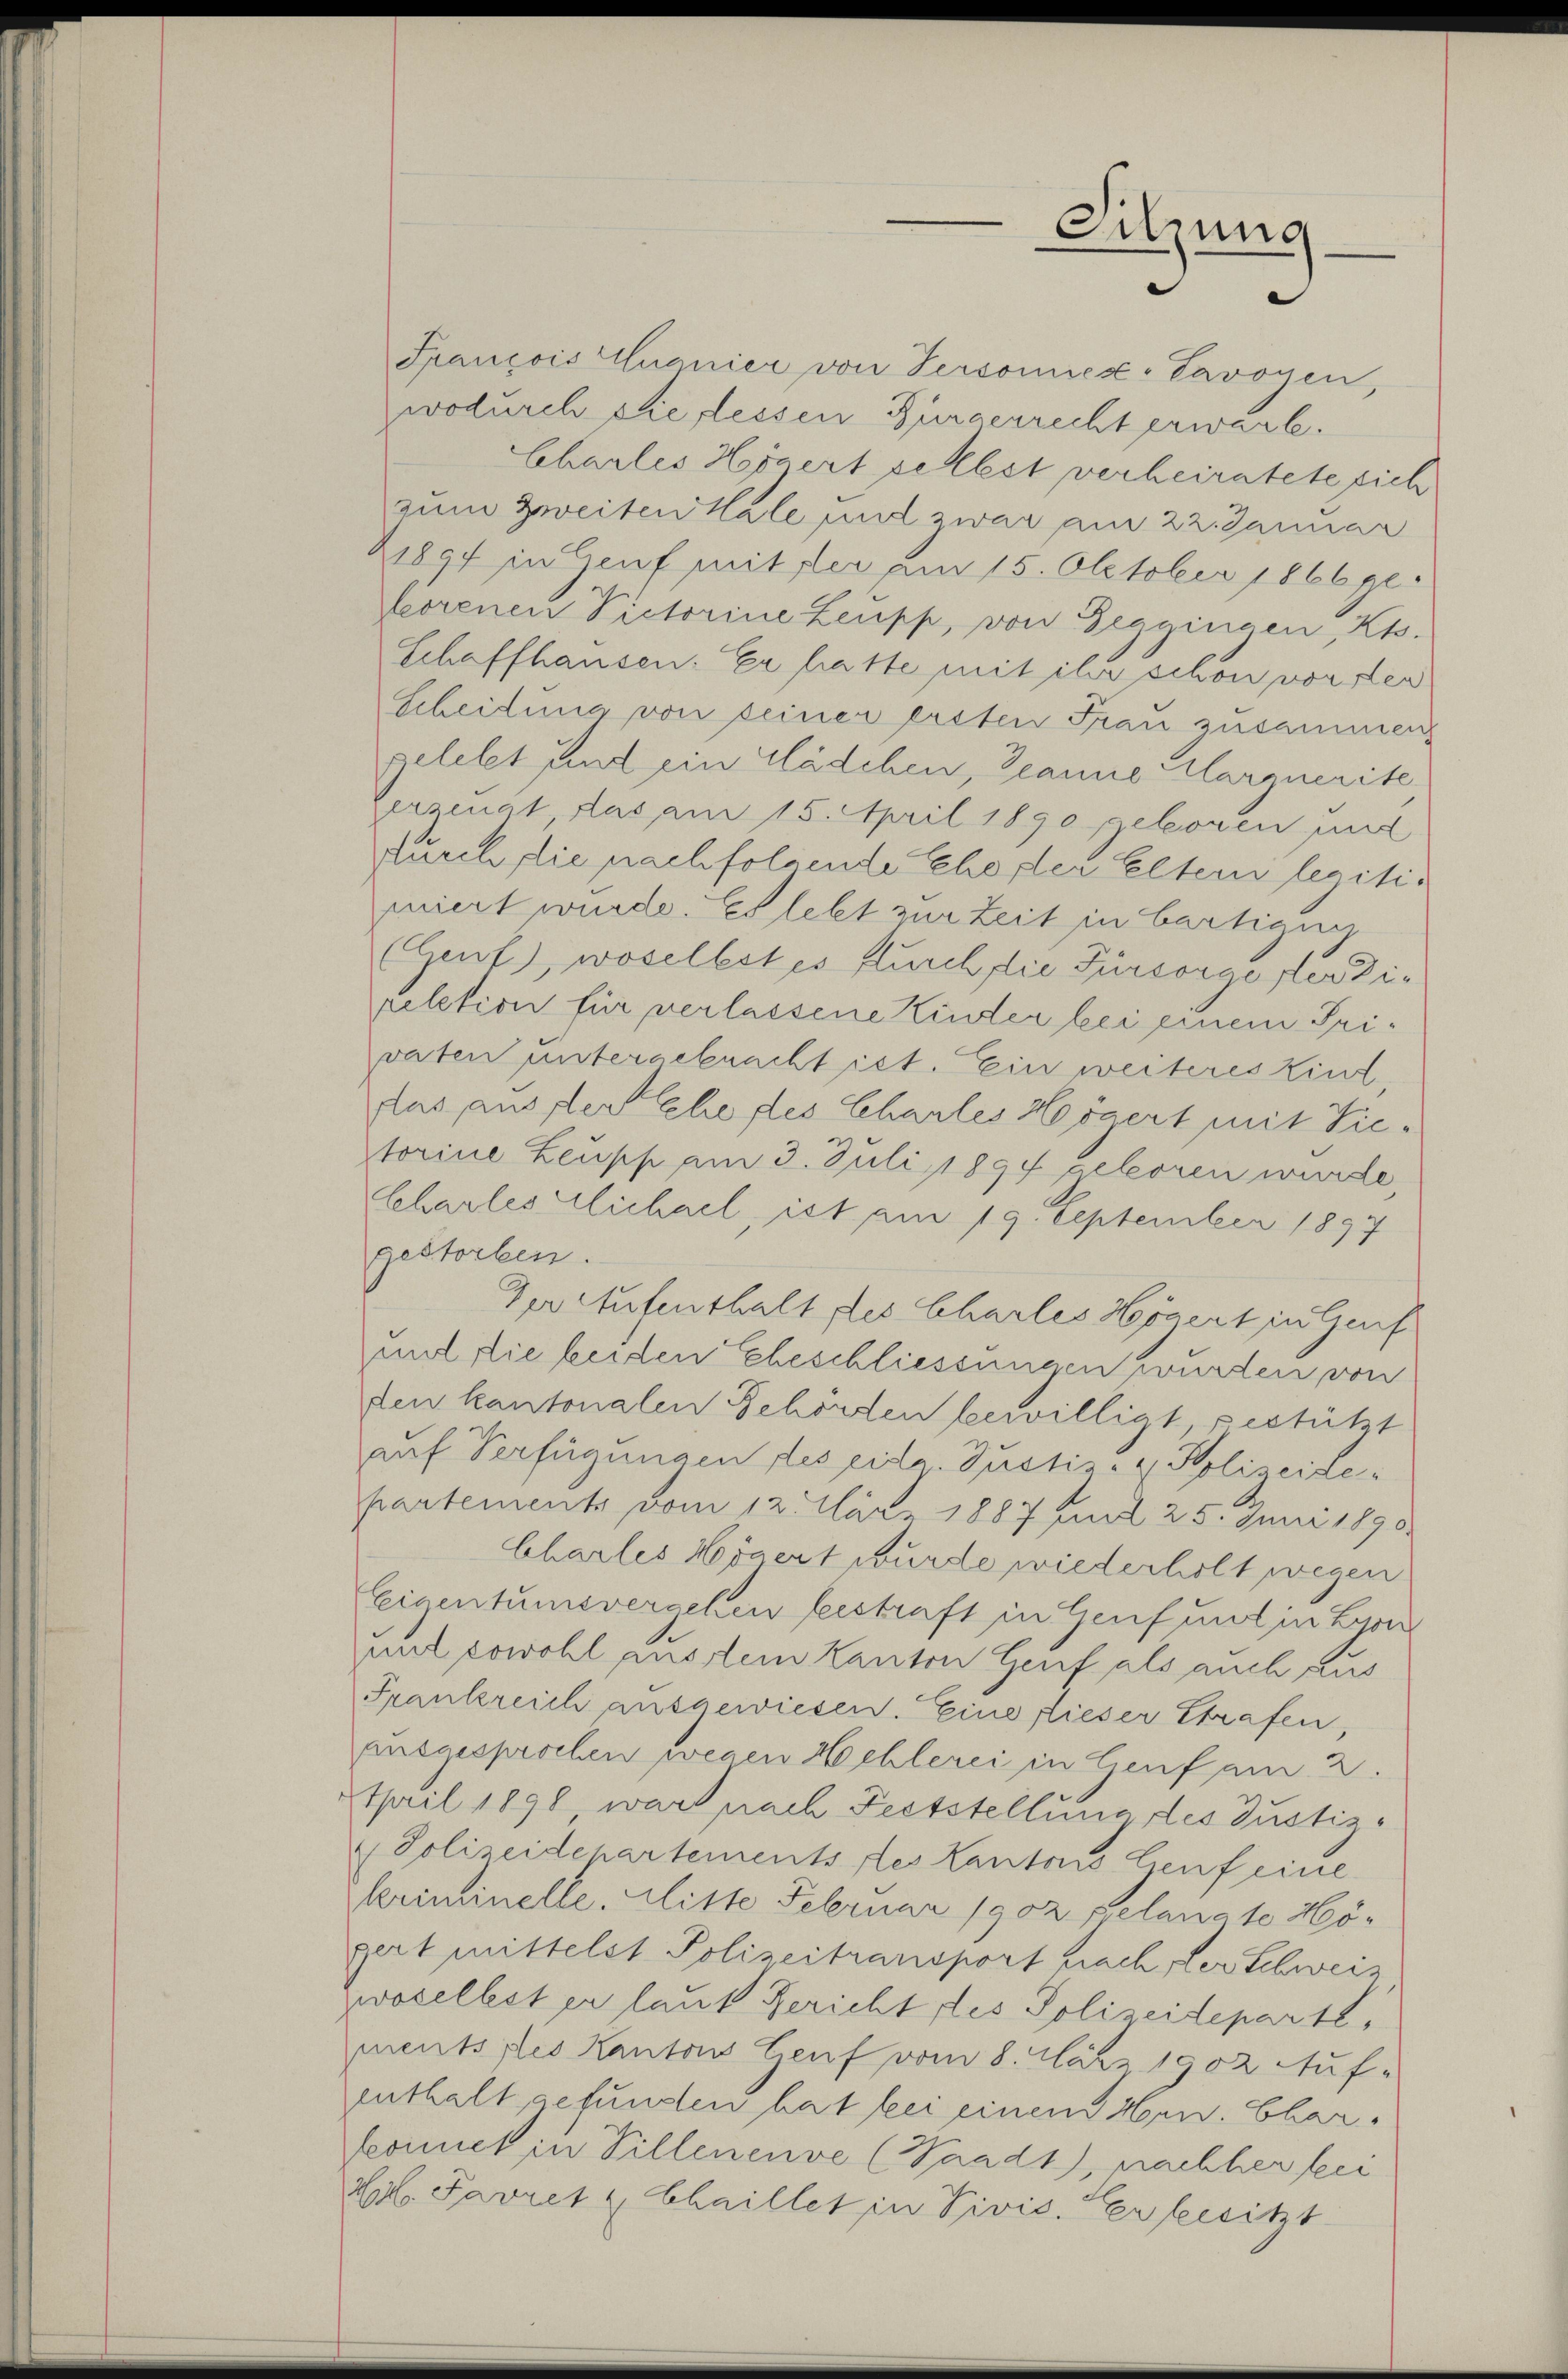
Spançois Quanier von Personies-Savoyen,
wodurch die dessen Bürgerrecht erwarte.
Charles Horgert selbst verheiratete sich
zum Zweiten Kale und zwar am 22. Januar
1894 in Genf mit der am 15. Oktober 1866 ge-
Lorenen Victorine Leupp, von Geggingen, Kts.
Schaffhausen. Er hatte mit ihr schon vor der
Scheidung von seiner ersten Frau zusammen
gelebt sind ein Mädchen, Jeanne argnerite
Gerzenat, das am 15. April 1890 geboren und
durch die nachfolgende Ehe der Eltern legitimiert wurde. Es lebt zur Zeit in bartigun
(Gent), woselbst es durch die Fürsorgester Direlation für verlassene Kinder bei einem Privaten untergebracht ist. Ein weiteres kint
das ausser ehe des Chartes Högert mit Vietorine Leupp am 3. Juli 1894 geboren wurde,
Charles Michael, ist am 19. September 1897
gestorben.
Per Aufenthalt des Chartes Horgert in Genf
mit die beiden Eheschliessungen wurden von
den kantonalen Schorden bewilligt, gestützt
auf Verfügungen des eide Justiz- & Polizeide-
partements vom 12. März 1887 um 25. Juni 1890.
Charles Horgert wurde wiederholt wegen
Eigentumsvergehen bestraft in Genf und in Lyon
und sowohl ausstem Kanton Genf als auch aus
Frankreich ausgewiesen. Eine dieser Strafen,
Entarsprochen wegen Hochlerei in lieuf am 2.
tpril 1890 war nach Feststellung des Justiz¬
 Polizeidepartements des Kantons Lieuf eine
kriminelle. Mitte Februar 1902 gelangte Höpert mittelst Polizeitransport nach fler Schweiz
woselbst er laut Gericht des Polizeideparte,
mentsstes Kantons Genf vom 8. März 1902 Auf-
enthalt gefunden hat bei einem Hrn. Charfeomet in Villenenve (Waadt, pachher frei
Lbl. Favret u Chaillet in Divis. Verbesitzt

Sitzung
e